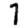
Digit: 1